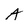
Character: A